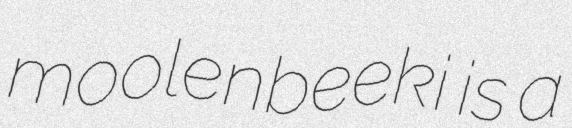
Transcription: moolenbeeki is a